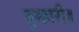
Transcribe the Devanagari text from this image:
तुम्हारी॥